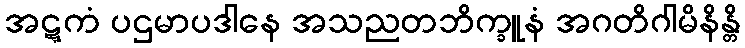
အဋ္ဋကံ ပဌမာပဒါနေ အသညတဘိက္ခူနံ အဂတိဂါမိနိန္တိ